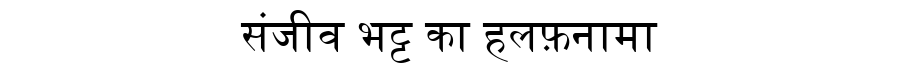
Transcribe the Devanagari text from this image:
संजीव भट्ट का हलफ़नामा